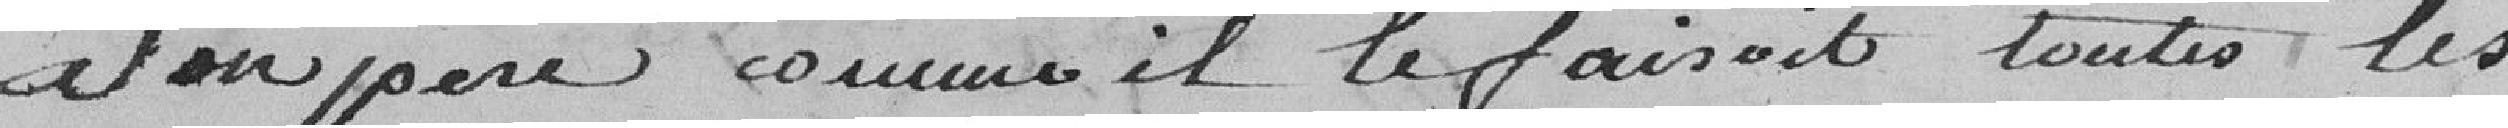
Son père comme il le faisait toutes les